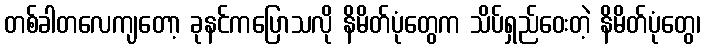
တစ်ခါတလေကျတော့ ခုနင်ကပြောသလို နိမိတ်ပုံတွေက သိပ်ရှည်ဝေးတဲ့ နိမိတ်ပုံတွေ၊